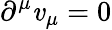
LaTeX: \partial^{\mu}\mathit{v}_{\mu}=0